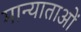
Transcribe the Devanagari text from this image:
मान्याताओं